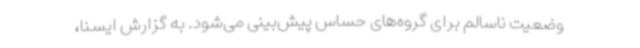
وضعیت ناسالم برای گروه‌های حساس پیش‌بینی می‌شود. به گزارش ایسنا،